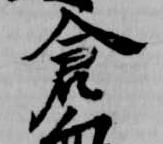
倉